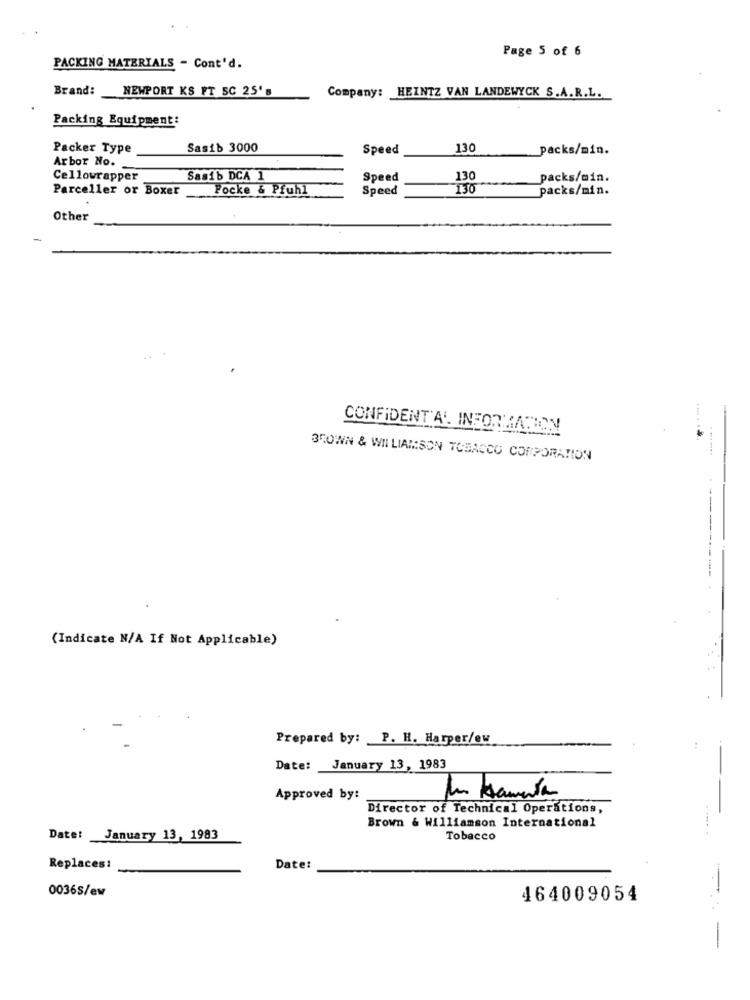
Page 5 of 6
PACKING MATERIALS - Cont'd.
Brand:
NEWPORT KS FT SC 25' B
Company: HEINTZ VAN LANDEWYCK S.A.R.L.
Packing Equipment:
Packer Type
Sasib 3000
Speed
130
packs/min.
Arbor No.
Cellowrapper
Sasib DCA 1
Speed
130
packs/min.
Parceller or Boxer
Focke & Pfuhl
Speed
130
packs/min.
Other
-
CONFIDENT AL INFORMATION
35OWN & WILLIAMSON TOBACCO CORPORATION
(Indicate N/A If Not Applicable)
Prepared by: P. H. Harper/ew
Date: January 13, 1983
Approved by:
In lamenta
Director of Technical Operations,
Brown & Williamson International
Date: January 13, 1983
Tobacco
Replaces:
Date:
0036S/ew
464009054
--
-